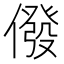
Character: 𠎆